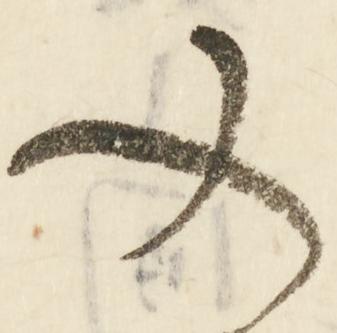
又